Source: Handwritten
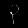
Digit: ၃ (3)